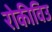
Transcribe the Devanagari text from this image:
रोकीविउ